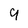
Character: 9